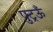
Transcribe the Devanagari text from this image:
पुट्रऊँ